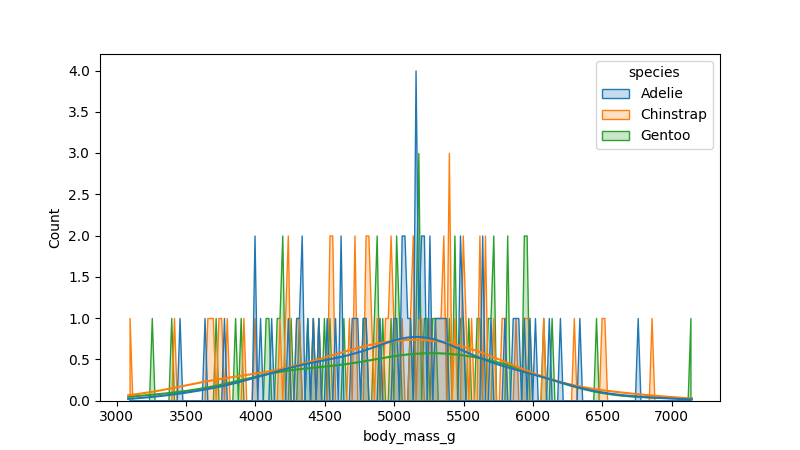
python, seaborn, histplot, hue='species', binwidth=20, bins='10', element='poly'